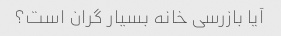
آیا بازرسی خانه بسیار گران است؟